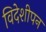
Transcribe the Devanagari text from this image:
विदेशीपन